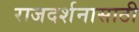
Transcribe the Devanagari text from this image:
राजदर्शनासाठी